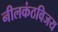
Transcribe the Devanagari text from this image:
नीलकंठविजय